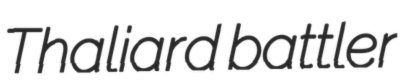
Thaliard battler